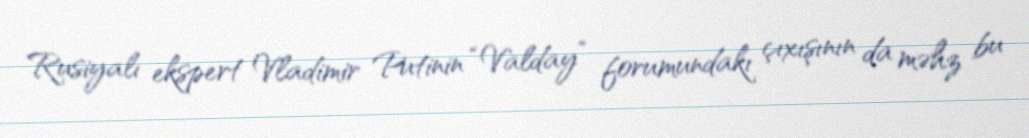
Rusiyalı ekspert Vladimir Putinin “Valday” forumundakı çıxışının da məhz bu